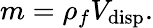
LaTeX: m=\rho_{f}V_{\mathrm{disp}}.